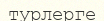
турлерге